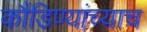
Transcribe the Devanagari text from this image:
कौंडिण्यांच्याच